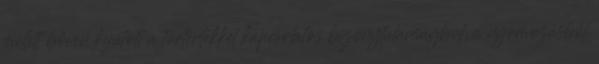
mellett bőven kijutott a történtekkel kapcsolatos bizonytalanságból, a nyomozásból